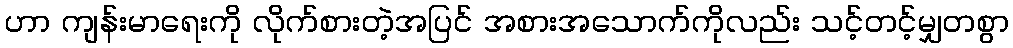
ဟာ ကျန်းမာရေးကို လိုက်စားတဲ့အပြင် အစားအသောက်ကိုလည်း သင့်တင့်မျှတစွာ